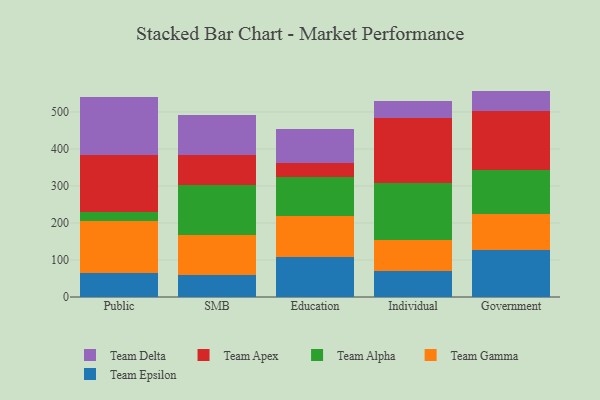
{"axis": {"x": "Segment", "y": "Churn Rate (%)"}, "legend": ["Team Alpha", "Team Apex", "Team Delta", "Team Epsilon", "Team Gamma"], "data": [{"x": "Public", "y": 64.3, "type": "Team Epsilon"}, {"x": "Public", "y": 141.3, "type": "Team Gamma"}, {"x": "Public", "y": 24.2, "type": "Team Alpha"}, {"x": "Public", "y": 155.2, "type": "Team Apex"}, {"x": "Public", "y": 155.6, "type": "Team Delta"}, {"x": "SMB", "y": 58.4, "type": "Team Epsilon"}, {"x": "SMB", "y": 110.0, "type": "Team Gamma"}, {"x": "SMB", "y": 133.3, "type": "Team Alpha"}, {"x": "SMB", "y": 83.1, "type": "Team Apex"}, {"x": "SMB", "y": 106.3, "type": "Team Delta"}, {"x": "Education", "y": 107.9, "type": "Team Epsilon"}, {"x": "Education", "y": 109.7, "type": "Team Gamma"}, {"x": "Education", "y": 106.4, "type": "Team Alpha"}, {"x": "Education", "y": 39.3, "type": "Team Apex"}, {"x": "Education", "y": 90.0, "type": "Team Delta"}, {"x": "Individual", "y": 69.9, "type": "Team Epsilon"}, {"x": "Individual", "y": 83.5, "type": "Team Gamma"}, {"x": "Individual", "y": 155.9, "type": "Team Alpha"}, {"x": "Individual", "y": 174.6, "type": "Team Apex"}, {"x": "Individual", "y": 46.4, "type": "Team Delta"}, {"x": "Government", "y": 127.4, "type": "Team Epsilon"}, {"x": "Government", "y": 96.0, "type": "Team Gamma"}, {"x": "Government", "y": 118.7, "type": "Team Alpha"}, {"x": "Government", "y": 160.5, "type": "Team Apex"}, {"x": "Government", "y": 54.5, "type": "Team Delta"}]}